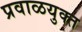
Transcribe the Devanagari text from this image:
प्रवाळयुक्त